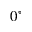
0 ^ { \circ }